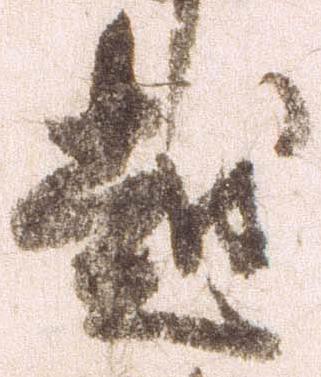
越